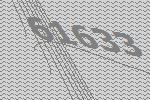
61633